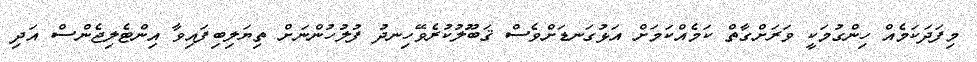
މިފަދަކަމެއް ހިންގުމަކީ ވަރަށްގާތް ކަމެއްކަމަށް އަޅުގަނޑަށްވެސް ޤަބޫލުކުރެވޭހިނދު ފުލުހުންނަށް ތިޔަލިބިފައިވާ އިންޓެލިޖެންސް އަދި